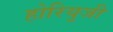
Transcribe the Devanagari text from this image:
होरियुजी